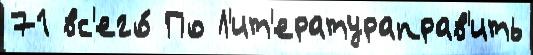
71 вс'его́ По Л'ит'ератураправ'ить